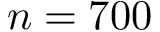
n = 7 0 0